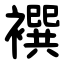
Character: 襈